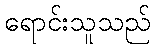
ရောင်းသူသည်